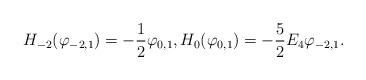
LaTeX: \begin{align*}H_{-2}(\varphi_{-2,1})=-\frac 12\varphi_{0,1},H_{0}(\varphi_{0,1})=-\frac 52 E_4\varphi_{-2,1}.\end{align*}